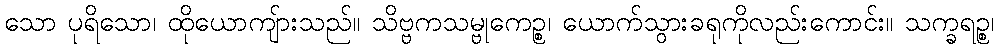
သော ပုရိသော၊ ထိုယောကျ်ားသည်။ သိဗ္ဗကသမ္ဗုကေဉ္စ၊ ယောက်သွားခရုကိုလည်းကောင်း။ သက္ခရဉ္စ၊